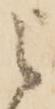
之